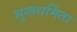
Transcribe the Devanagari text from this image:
सुखधर्मिता